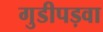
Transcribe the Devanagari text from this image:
गुडीपड़वा